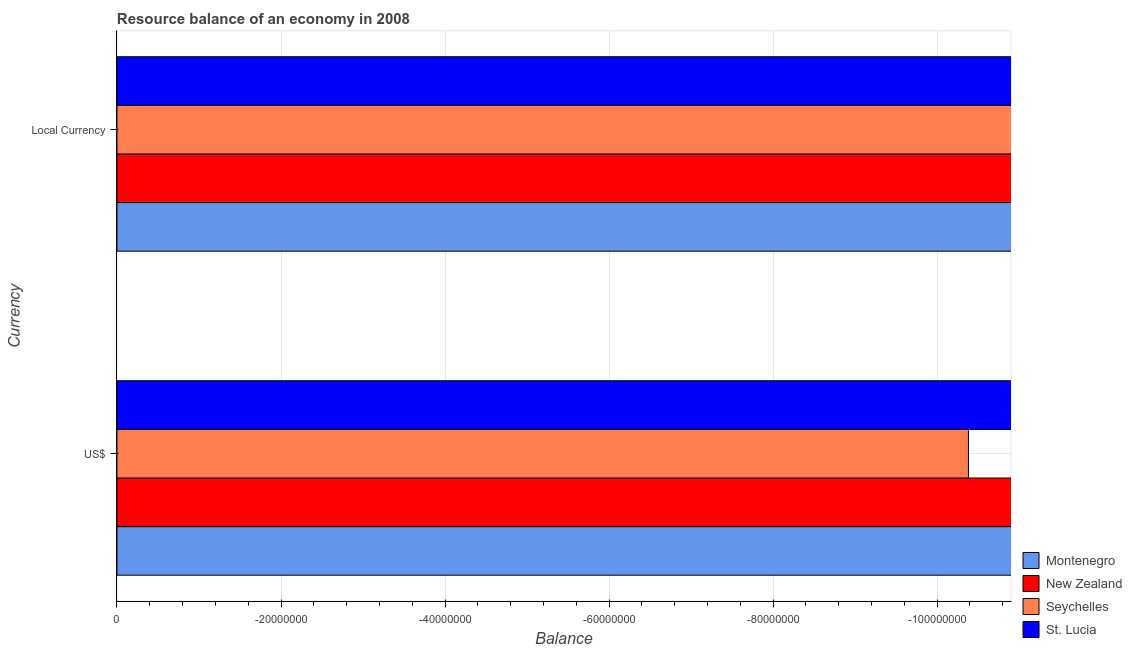
| Currency | Montenegro | New Zealand | Seychelles | St. Lucia |
 | --- | --- | --- | --- | --- |
 | US$ | -2.46e+09 | -3.34e+08 | -1.04e+08 | -2.84e+08 |
 | Local Currency | -1.68e+09 | -4.76e+08 | -9.82e+08 | -7.67e+08 |